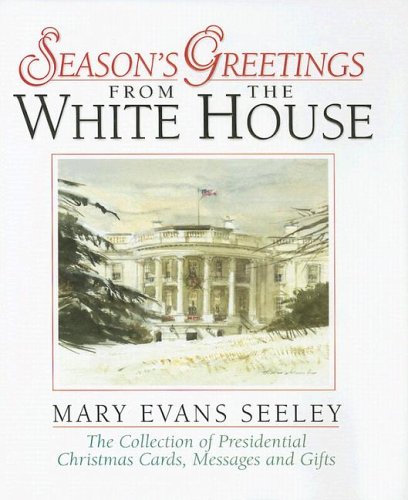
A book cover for Season's Greetings from the White House; Mary Evans Seeley; Crafts, Hobbies & Home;